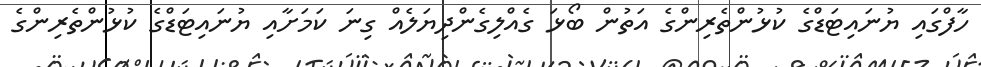
ހާފްގައި ޔުނައިޓަޑްގެ ކުޅުންތެރިންގެ އަތުން ބޯޅަ ގެއްލިގެންދިޔަލެއް ގިނަ ކަމަށާއި ޔުނައިޓަޑްގެ ކުޅުންތެރިންގެ